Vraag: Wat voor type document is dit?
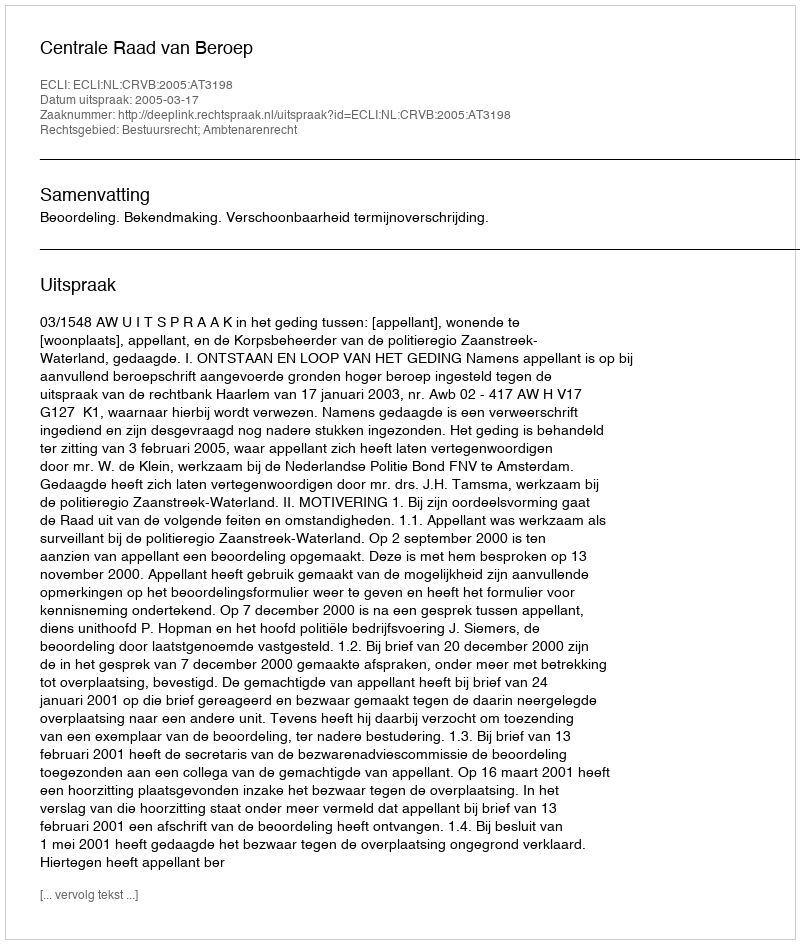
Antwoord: Uitspraak